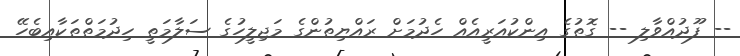
-- ފޫދުއްވާލި -- ގޮތުގެ އިންކުއަރީއެއް ހެދުމަށް ރައްޔިތުންގެ މަޖިލީހުގެ ސަލާމަތީ ހިދުމަތްތަކާއިބެހޭ